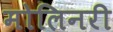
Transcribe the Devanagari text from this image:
मोलिनरी